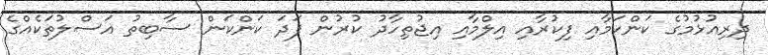
ދިރިއުޅުމުގެ ކަންކަމާއި ފިކުރާއި އިލްމާއި އިޖުތިހާދު ކުރުން ފަދަ ކަންކަން ސާބިތު އަސްލުތަކެއްގެ